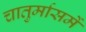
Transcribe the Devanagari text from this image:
चातुर्मासमें